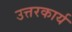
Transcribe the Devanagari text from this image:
उत्तरकार्य